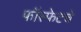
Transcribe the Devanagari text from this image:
फॉस्फेटचे